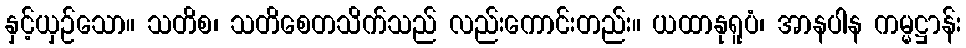
နှင့်ယှဉ်သော။ သတိစ၊ သတိစေတသိက်သည် လည်းကောင်းတည်း။ ယထာနုရူပံ၊ အာနပါန ကမ္မဋ္ဌာန်း